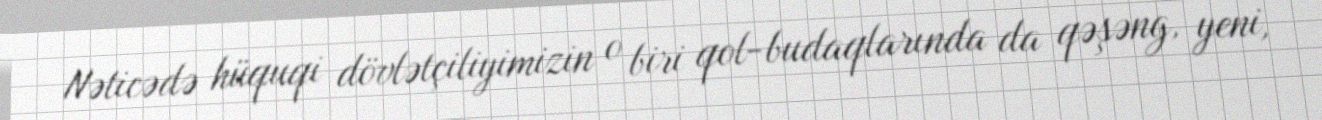
Nəticədə hüquqi dövlətçiliyimizin o biri qol-budaqlarında da qəşəng, yeni,